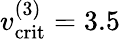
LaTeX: v_{\mathrm{crit}}^{(3)}=3.5